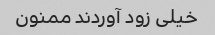
خیلی زود آوردند ممنون